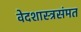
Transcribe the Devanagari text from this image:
वेदशास्त्रसंमत